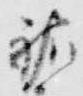
祐